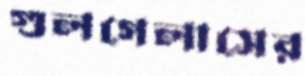
গুলগেলাসের